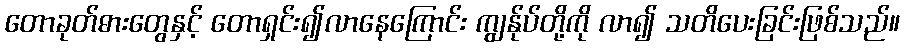
တောခုတ်ဓားတွေနှင့် တောရှင်း၍လာနေကြောင်း ကျွန်ုပ်တို့ကို လာ၍ သတိပေးခြင်းဖြစ်သည်။